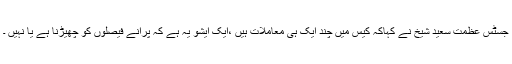
جسٹس عظمت سعید شیخ نے کہاکہ کیس میں چند ایک ہی معاملاتِ ہیں ،ایک ایشو یہ ہے کہ پرانے فیصلوں کو چھیڑنا ہے یا نہیں ۔